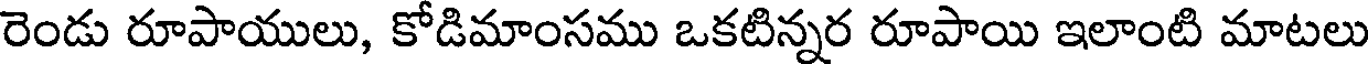
రెండు రూపాయులు, కోడిమాంసము ఒకటిన్నర రూపాయి ఇలాంటి మాటలు